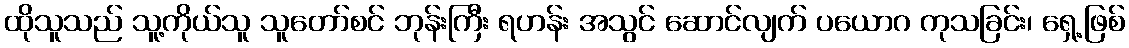
ထိုသူသည် သူ့ကိုယ်သူ သူတော်စင် ဘုန်းကြီး ရဟန်း အသွင် ဆောင်လျက် ပယောဂ ကုသခြင်း၊ ရှေ့ဖြစ်